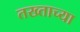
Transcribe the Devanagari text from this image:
तख्ताच्या